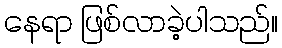
နေရာ ဖြစ်လာခဲ့ပါသည်။